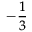
{ } _ { - { \frac { 1 } { 3 } } }